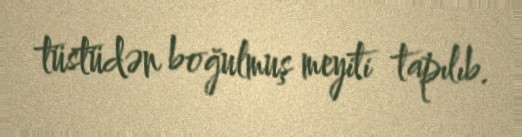
tüstüdən boğulmuş meyiti tapılıb.